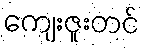
ကျေးဇူးတင်